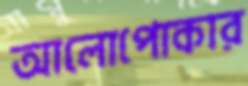
আলোপোকার